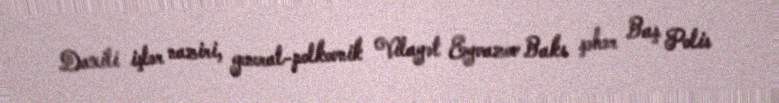
Daxili işlər naziri, general-polkovnik Vilayət Eyvazov Bakı şəhər Baş Polis